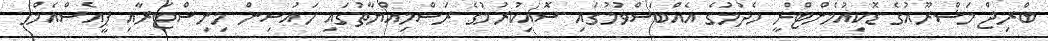
ބްރިޖް މަޝްރޫއުގެ ޑޮކިއުމެންޓްރީ ހެދުމުގެ އެއްބަސްވުމުގައި ސޮއިކުރުމުގެ ރަސްމިއްޔާތުގައި ހައުސިން މިނިސްޓަރާއި ޕީއެސްއެމްގެ